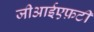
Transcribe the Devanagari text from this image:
जीआईएफ़टी